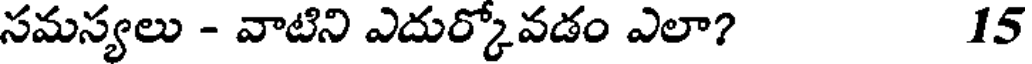
సమస్యలు - వాటిని ఎదుర్కోవడం ఎలా? 15